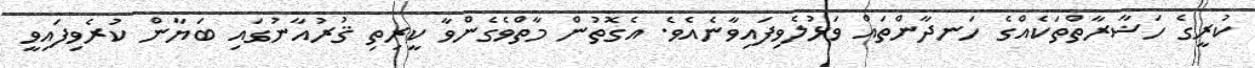
ކުރީގެ ހަޟާރާތްތަކެއްގެ ހަނދާންތައް ވަޅުލެވިފައިވާނެއެވެ. އެގޮތުން މާތްވެގެންވާ ކީރިތި ޤުރުއާނުގައި ބަޔާން ކުރެވިފައިވީ